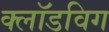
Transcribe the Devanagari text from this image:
क्लॉडविग